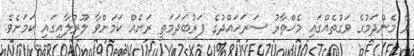
ރޭ މެންދަމުގެ ވަގުތެއްގައި މެޚްތާރު ސަރަހައްދުގެ ފަރުބަދަމަތީ ރަށެއް ކަމަށްވާ ލޫރުލާއިގައި ކަމަށެވެ.